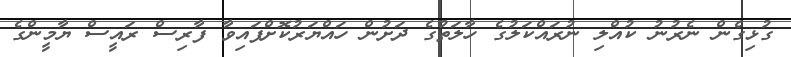
ގުޅިގެން ނެރުނު ކުއްލި ނުރައްކަލުގެ ހާލަތުގެ ދަށުން ހައްޔަރުކޮށްފައިވާ ފާރިސް ރައީސް ޔާމީންގެ